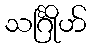
သင်္ဂြိုဟ်